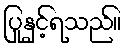
ပြုနှင့်ရသည်။